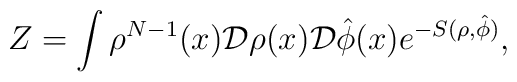
Z=\int \rho^{N-1}(x){\cal D}\rho(x) {\cal D}\hat{\phi}(x)e^{-S(\rho,\hat{\phi})},